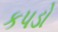
કપડો